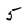
Character: 5